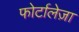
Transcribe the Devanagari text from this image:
फोर्टालेज़ा